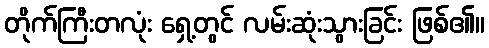
တိုက်ကြီးတလုံး ရှေ့တွင် လမ်းဆုံးသွားခြင်း ဖြစ်၏။